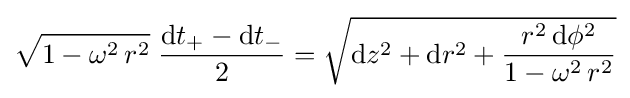
{\sqrt {1-\omega ^{2}\,r^{2}}}\;{\frac {\mathrm {d} t_{+}-\mathrm {d} t_{-}}{2}}={\sqrt {\mathrm {d} z^{2}+\mathrm {d} r^{2}+{\frac {r^{2}\,\mathrm {d} \phi ^{2}}{1-\omega ^{2}\,r^{2}}}}}